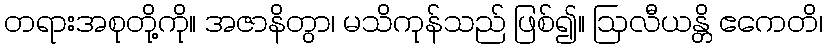
တရားအစုတို့ကို။ အဇာနိတွာ၊ မသိကုန်သည် ဖြစ်၍။ ဩလီယန္တိ ဧကေတိ၊